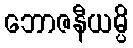
ဘောဇနီယမ္ပိ